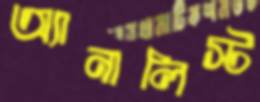
অ্যানালিস্ট